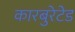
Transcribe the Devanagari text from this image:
कारबुरेटेड